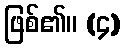
ဖြစ်၏။ (၄)